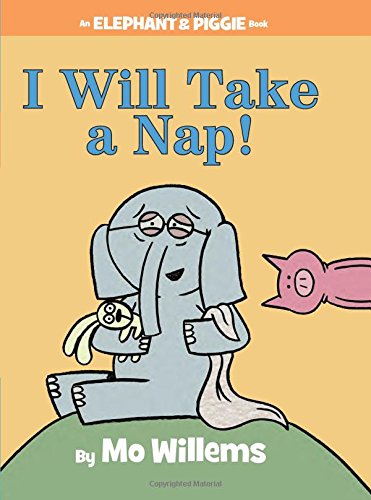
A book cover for I Will Take A Nap! (An Elephant and Piggie Book); Mo Willems; Children's Books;